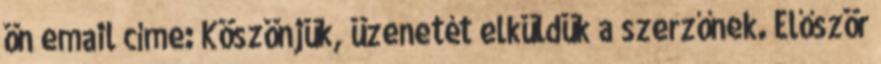
ön email címe: Köszönjük, üzenetét elküldük a szerzőnek. Először